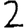
Digit: 2